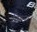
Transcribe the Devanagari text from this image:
ठिंगना